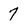
Character: 7